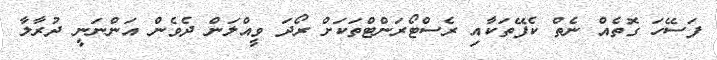
ފަސޭހަ ގޮތެއް ނެތް ކެފޭތަކާއި ރެސްޓޯރަންޓްތަކަށް ރޯދަ ވީއްލަން ދެވެން އަންނަނީ ދުރާލާ